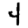
Digit: 4